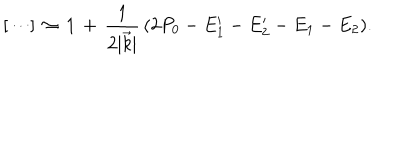
[ \cdots ] \, \approx \, 1 \, + \, { \frac { 1 } { 2 \vert \vec { k } \vert } } \, ( 2 P _ { 0 } - E _ { 1 } ^ { \prime } - E _ { 2 } ^ { \prime } - E _ { 1 } - E _ { 2 } ) .